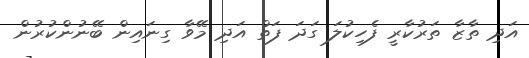
އަދި ތާޒާ ތަރުކާރީ ފެހިކުލަ ގަދަ ފަތް އަދި މޭވާ ގިނައިން ބޭނުންކުރުން